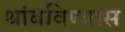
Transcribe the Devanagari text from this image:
थांबविण्यास